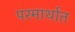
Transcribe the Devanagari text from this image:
परमार्थात